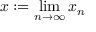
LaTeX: x : = \operatorname* { l i m } _ { n \to \infty } x _ { n }